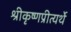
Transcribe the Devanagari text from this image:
श्रीकृष्णप्रीत्यर्थे